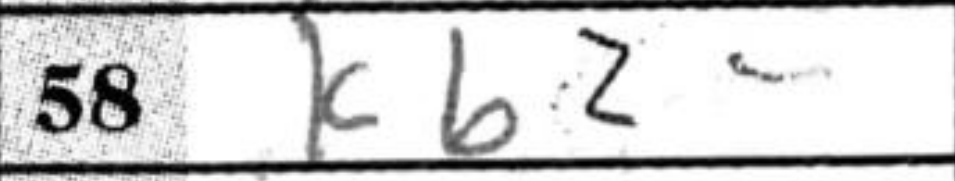
Transcription: Kb2